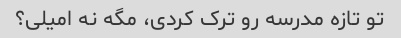
تو تازه مدرسه رو ترک کردی، مگه نه امیلی؟